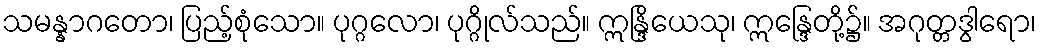
သမန္နာဂတော၊ ပြည့်စုံသော။ ပုဂ္ဂလော၊ ပုဂ္ဂိုလ်သည်။ ဣန္ဒြိယေသု၊ ဣန္ဒြေတို့၌။ အဂုတ္တဒွါရော၊